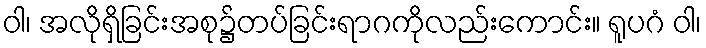
ဝါ၊ အလိုရှိခြင်းအစု၌တပ်ခြင်းရာဂကိုလည်းကောင်း။ ရူပဂံ ဝါ၊